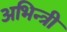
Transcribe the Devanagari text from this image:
अभिन्त्री